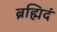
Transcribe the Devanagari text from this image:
ब्रह्मिदं